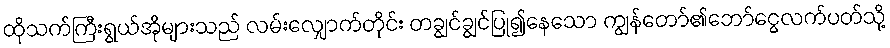
ထိုသက်ကြီးရွယ်အိုများသည် လမ်းလျှောက်တိုင်း တချွင်ချွင်ပြု၍နေသော ကျွန်တော်၏ဘော်ငွေလက်ပတ်သို့